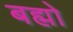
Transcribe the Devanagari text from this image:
बह्मो